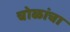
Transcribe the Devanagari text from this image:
चोळांचा